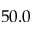
5 0 . 0